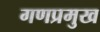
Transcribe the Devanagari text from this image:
गणप्रमुख